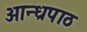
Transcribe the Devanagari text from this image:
आन्ध्रपाठ